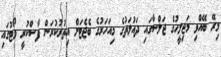
މިރޭ ބޭއްވި މަޖިލީހުގެ ޖަލްސާގައި ދައުލަތުގެ މިއަހަރުގެ ބެޖެޓަށް އިތުރުކުރަން ފާސްކުރީ ވޯޓުގައި